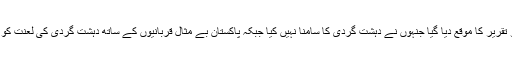
کانفرنس میں منظور نظر رہنمائوں کو تقریر کا موقع دیا گیا جنہوں نے دہشت گردی کا سامنا نہیں کیا جبکہ پاکستان بے مثال قربانیوں کے ساتھ دہشت گردی کی لعنت کو ختم کرنے کیلئے اب بھی پرعزم ہے۔